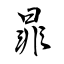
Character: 暃